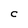
Character: C